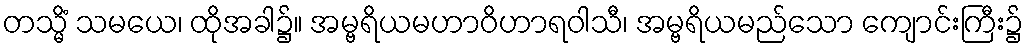
တသ္မိံ သမယေ၊ ထိုအခါ၌။ အမ္ဗရိယမဟာဝိဟာရဝါသီ၊ အမ္ဗရိယမည်သော ကျောင်းကြီး၌